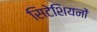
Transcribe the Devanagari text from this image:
सिटेशियनों